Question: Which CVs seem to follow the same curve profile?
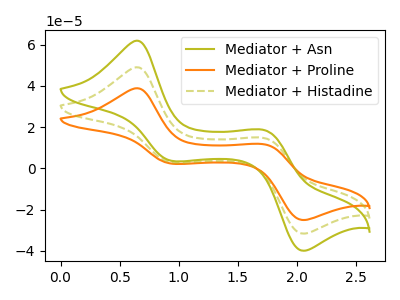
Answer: <think>The olive curve "Mediator + Asn" has anodic peaks at (0.65V, 98.10uA) (1.75V, 29.25uA) and cathodic peaks at (0.95V, 5.65uA) (2.05V, -63.40uA). The orange curve "Mediator + Proline" has anodic peaks at (0.65V, 38.85uA) (1.75V, 11.60uA) and cathodic peaks at (0.95V, 2.25uA) (2.05V, -25.10uA). The olive dashed curve "Mediator + Histadine" has anodic peaks at (0.65V, 49.05uA) (1.75V, 14.60uA) and cathodic peaks at (0.95V, 2.80uA) (2.05V, -31.70uA).
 All the peaks in "Mediator + Asn" have a peak in "Mediator + Proline" at the same potential. All the peaks in "Mediator + Asn" have a peak in "Mediator + Histadine" at the same potential. All the peaks in "Mediator + Proline" have a peak in "Mediator + Histadine" at the same potential.</think>
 <answer>"Mediator + Proline", "Mediator + Asn" and "Mediator + Histadine" have the same shape and are likely CV's of the same chemical.</answer>
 <eval>"Mediator + Proline" "Mediator + Asn" "Mediator + Histadine"</eval>